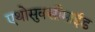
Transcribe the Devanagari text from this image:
एथोसुक्सीमाईड